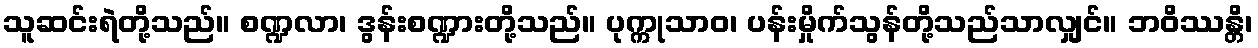
သူဆင်းရဲတို့သည်။ စဏ္ဍလာ၊ ဒွန်းစဏ္ဍားတို့သည်။ ပုက္ကုသာဝ၊ ပန်းမှိုက်သွန်တို့သည်သာလျှင်။ ဘဝိဿန္တိ၊